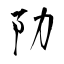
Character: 阞